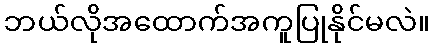
ဘယ်လိုအထောက်အကူပြုနိုင်မလဲ။